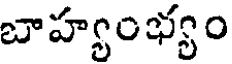
బాహ్యంభ్యం